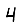
Digit: 4